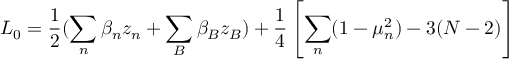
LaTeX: L _ { 0 } = \frac { 1 } { 2 } ( \sum _ { n } \beta _ { n } z _ { n } + \sum _ { B } \beta _ { B } z _ { B } ) + \frac { 1 } { 4 } \left[ \sum _ { n } ( 1 - \mu _ { n } ^ { 2 } ) - 3 ( { \cal N } - 2 ) \right]